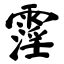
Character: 霪